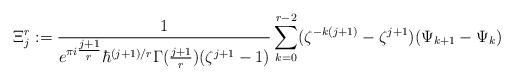
LaTeX: \begin{align*}\Xi_j^r := \frac{1}{e^{\pi i \tfrac{j+1}{r}} \hbar^{(j+1)/r}\Gamma(\tfrac{j+1}{r})(\zeta^{j+1} - 1)}\sum_{k = 0}^{r-2}(\zeta^{-k(j+1)} - \zeta^{j+1}) (\Psi_{k+1} - \Psi_k)\end{align*}